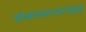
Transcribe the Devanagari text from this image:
संसारसन्तापहृत्